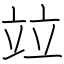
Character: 竝